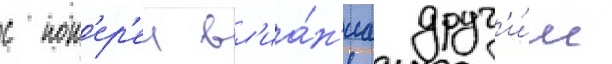
с пот'ер'еи вл'иа́н'иа друг'и́м